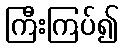
ကြီးကြပ်၍